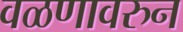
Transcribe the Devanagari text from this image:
वळणावरुन